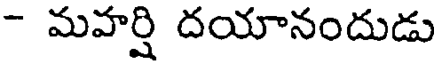
- మహర్షి దయానందుడు